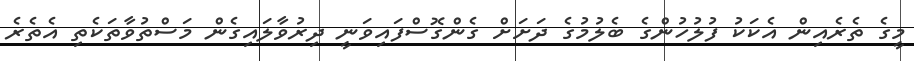
މީގެ ތެރެއިން އެކަކު ފުލުހުންގެ ބެލުމުގެ ދަށަށް ގެންގޮސްފައިވަނީ ދިރުވާލައިގެން މަސްތުވާތަކެތި އެތެރެ